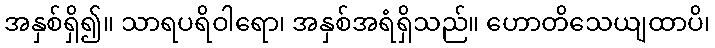
အနှစ်ရှိ၍။ သာရပရိဝါရော၊ အနှစ်အရံရှိသည်။ ဟောတိသေယျထာပိ၊